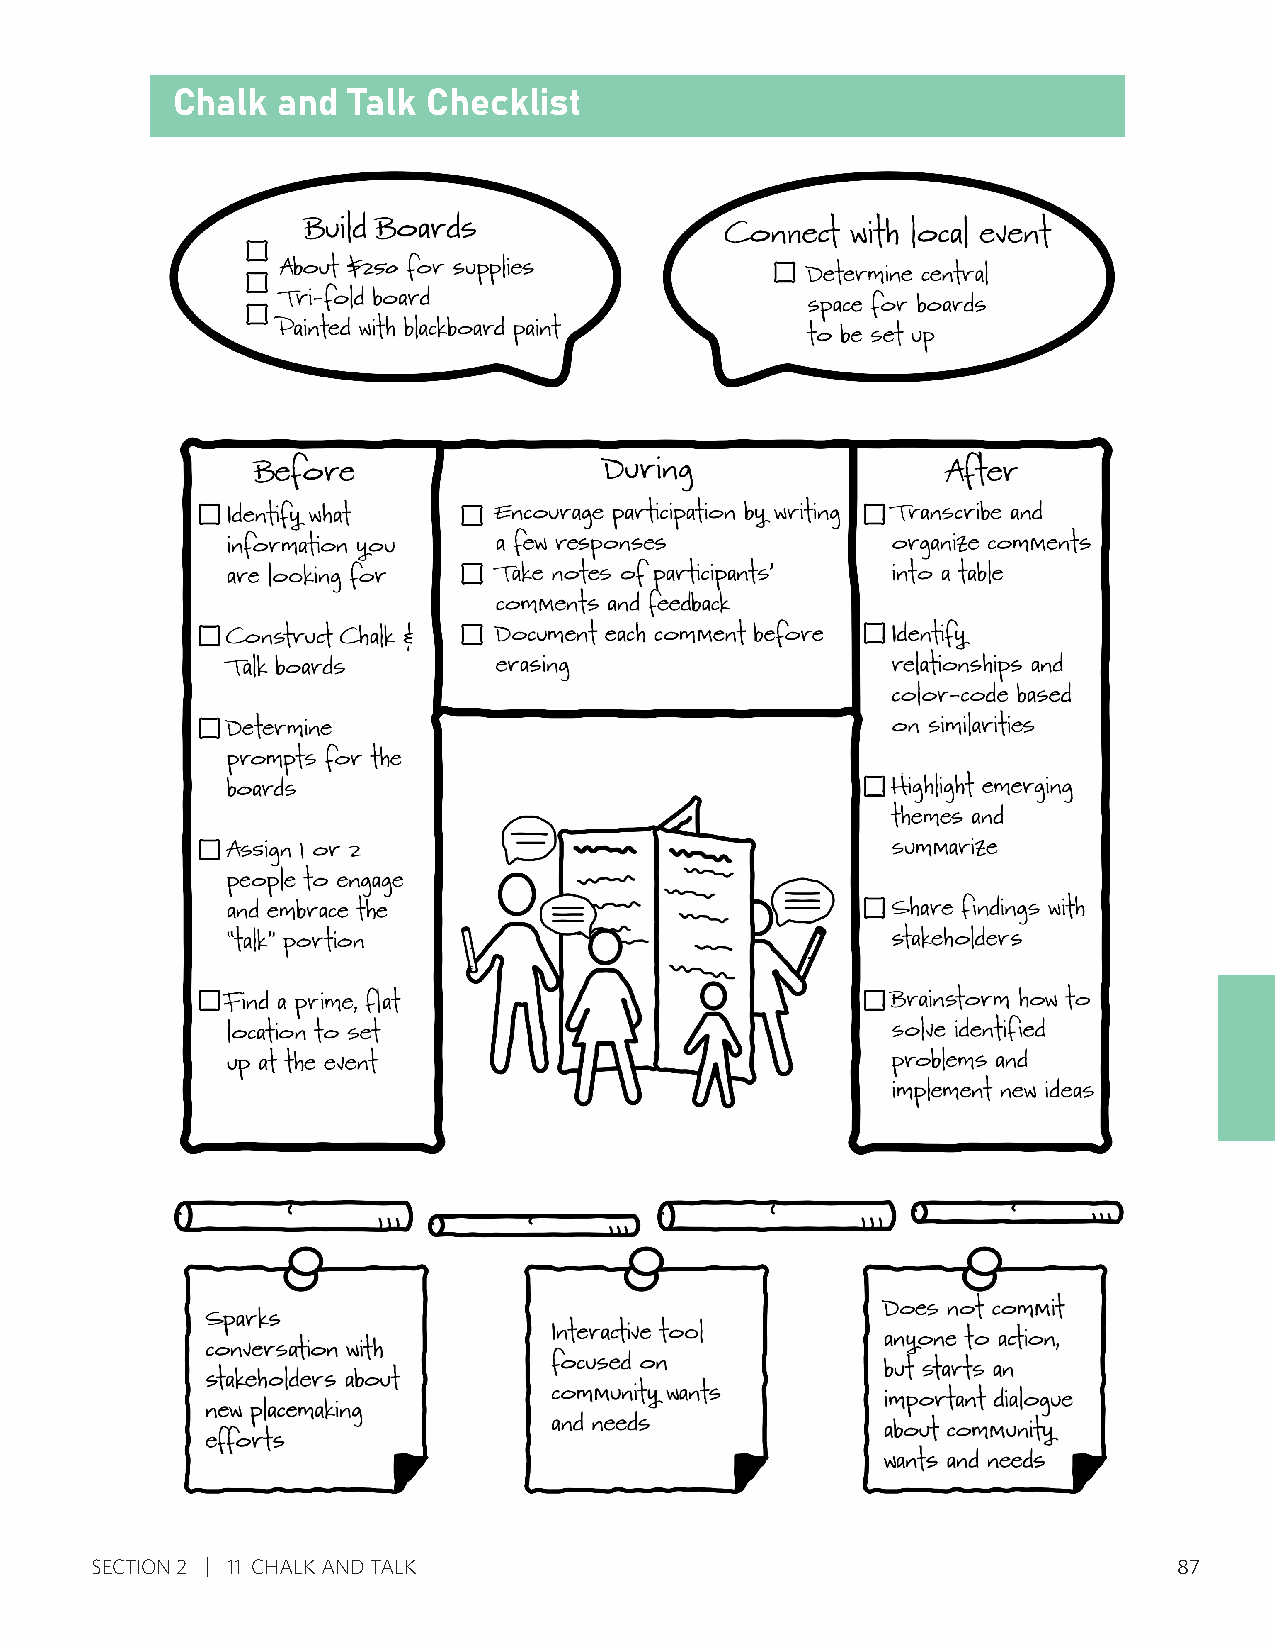
Chalk  and  Talk Checklist
 SECTION 2 11 CHALK AND TALK                                             87